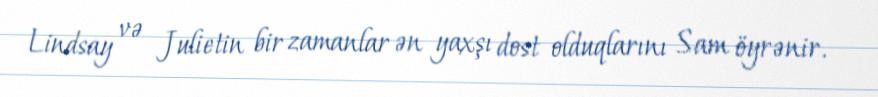
Lindsay və Julietin bir zamanlar ən yaxşı dost olduqlarını Sam öyrənir.